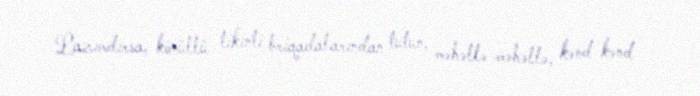
Lazımdırsa, könüllü tikinti briqadalarından tutun, məhəllə-məhəllə, kənd-kənd